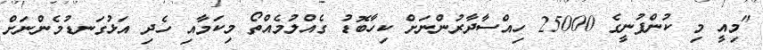
"މިއީ މި ކުންފުނީގެ 25000 ހިއްސާދާރުންނަށް ކިހާބޮޑު ގެއްލުމެއްތޯ މިކަމާއި ހެދި އަޅުގަނޑުމެންނަށް